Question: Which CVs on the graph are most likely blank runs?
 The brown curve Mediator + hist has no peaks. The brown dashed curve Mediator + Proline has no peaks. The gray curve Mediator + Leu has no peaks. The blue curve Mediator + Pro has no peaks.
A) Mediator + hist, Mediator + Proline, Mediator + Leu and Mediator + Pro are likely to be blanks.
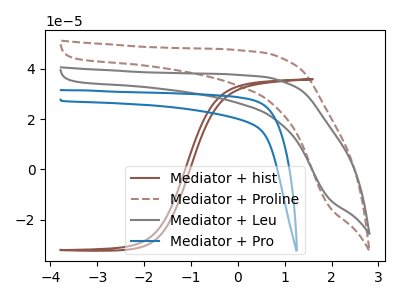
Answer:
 <answer>A) "Mediator + hist", "Mediator + Proline", "Mediator + Leu" and "Mediator + Pro" are likely to be blanks.</answer>
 <eval>A</eval>